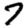
Digit: 7